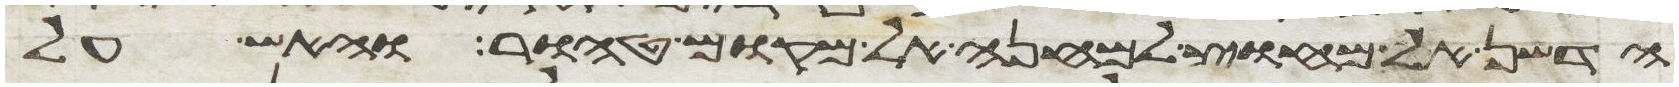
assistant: הדשן אל מחוץ למחנה אל מקום טהור והאש על